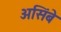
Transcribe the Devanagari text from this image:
असिंबे